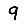
Digit: 9